Document type: Sale
Year: 1354
Scribe: Bernat de Torre
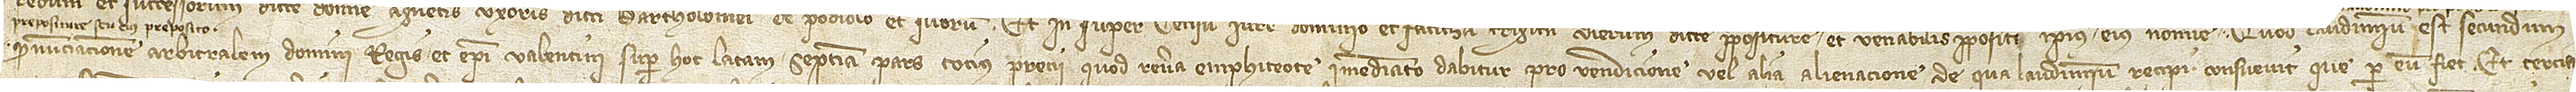
pronunciacionem arbitralem domini regis et episcopi Valentini super hoc latam septima pars tocius precii quod revere emphiteote immediato dabitur pro vendicione vel alia alienacione de qua laudimium recipi consuevit que per eum fiet; et tercia